Report on vaccination in Madras 1922-1929 - 1922-1929
Year: 1922
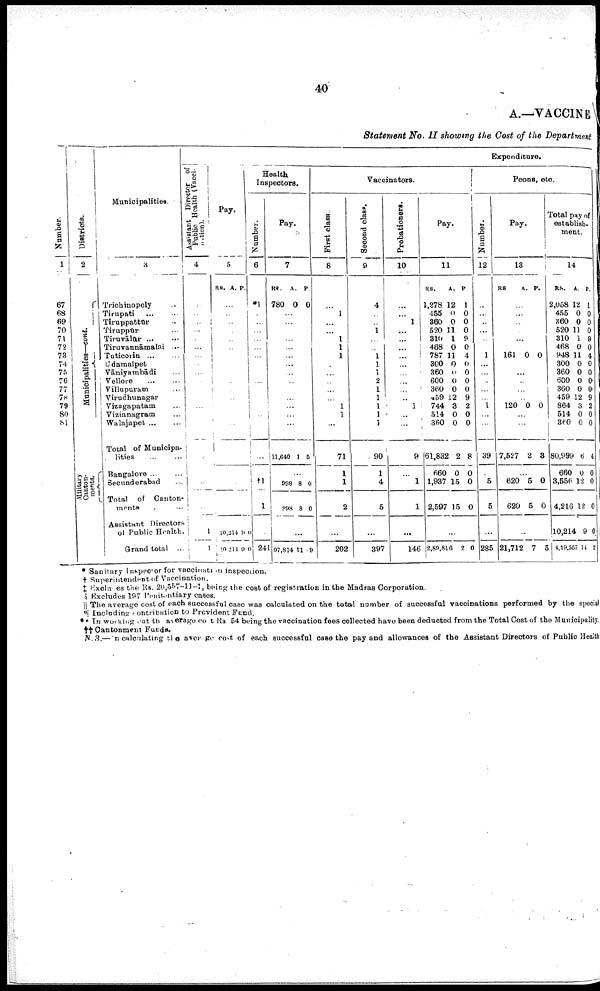
40
A.—VACCINE
Statement No. II showing the Cost of the Department
Number.
1
67
68
69
70
71
72
78
74
75
76
77
78
79
80
81
Districts.
2
Municipalities—cont.
Military
Canton-
ments.
Municipalities.
3
Trichinopoly ...
Tirupati
...
...
Tiruppattūr ... ...
Tiruppūr ...
Tiruvālūr ... ...
Tiruvannāmalai ...
Tuticorin ... ...
Udamalpet ...
Vaniyambādi
Vellore ... ...
Villupuram ...
Virudhunagar ...
Vizagapatam ...
Vizianagram ...
Walajapet ... ...
Total of Municipa
lities
...
...
Bangalore ... ...
Secunderabad ...
Total of Canton¬
ments
Assistant Directors
of Public Health.
Grand total ...
Expenditure.
Assistant Director of
Public Health (Vacci¬
nation).
4
...
...
...
...
...
...
...
...
...
...
...
...
...
...
...
...
...
...
...
1
1
Pay.
5
RS.
A. P.
...
...
...
...
...
...
...
...
...
...
...
...
...
...
...
...
...
...
...
10,314
10,214
9
9
0
0
Health
Inspectors.
Number.
6
*1
...
...
...
...
...
...
...
...
...
...
...
...
...
...
...
...
†1
1
...
241
Pay.
7
RS.
780
A.
0
P.
0
...
...
...
...
...
...
...
...
...
...
...
...
...
...
11,640 1 5
...
998
998
8
8
0
0
...
97,814 11 9
Vaccinators.
First class.
8
...
1
...
...
1
1
1
...
...
...
...
...
1
1
...
71
1
1
2
...
202
Second class.
9
4
...
...
1
...
...
...
...
...
...
...
...
1
1
...
90
1
4
5
...
397
Probationers.
10
...
...
1
...
...
...
...
...
...
...
...
... 1
...
...
9
...
1
1
...
146
Pay.
11
RS.
1,278
455
360
520
310
468
787
300
360
600
360
459
744
514
360
61,882
660
1,937
2,597
A.
12
0
0
11
1
0
11
0
0
0
0
12
3
0
0
2
0
15
15
P.
...
0
0
0
9
0
4
0
0
0
0
9
2
0
0
8
0
0
0
...
2,89,816
2 0
Peons, etc.
Number.
12
...
...
...
...
...
...
1
...
...
...
...
...
1
...
...
39
...
5
5
...
285
Pay.
13
RS.
A. P.
...
...
...
...
...
...
161 0 0
...
...
...
...
...
120 0 0
...
...
7,527 2 3
...
620
620
5
5
0
0
...
21,712 7 5
Total pay of
establish
ment.
14
RS.
2,058
455
360
520
310
468
948
300
360
600
360
459
864
514
360
80,999
660
3,556
4,216
10,214
4,19,565
A.
12
0
0
11
1
0
11
0
0
0
0
12
3
0
0
6
0
12
12
9
14
P.
1
0
0
0
9
0
4
0
0
0
0
9
2
0
0
4
0
0
0
0
2
* Sanitary inspector for vaccination inspection.
† Superintendent of Vaccination.
‡ Excluses the Rs. 20,557-11-1, being the cost of registration in the Madras Corporation.
§ Excludes 197 Penitentiary cases.
|| The average cost of each successful case was calculated on the total number of successful vaccinations performed by the special
¶Including contribution to Provident Fund.
** In working out the average cost Rs 54 being the vaccination fees collected have been deducted from the Total Cost of the Municipality.
†† Cantonment Funds.
N.B.—In calculating the averge cost of each successful case the pay and allowances of the Assistant Directors of Public Health